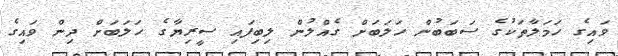
ވައިގެ ހަމަލާތަކުގެ ސަބަބުން ހަލަބަށް ގެއްލުން ލިބިފައި ސީރިޔާގެ ހަލަބަށް ދިން ވައިގެ